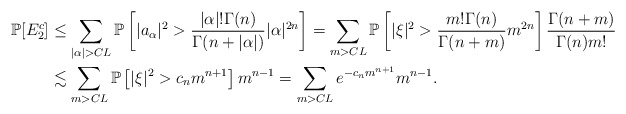
\begin{align*}\mathbb P[E_2^c] & \leq \sum_{|\alpha|>CL}\mathbb P\left[|a_{\alpha}|^2>\frac{|\alpha|!\Gamma(n)}{\Gamma(n+|\alpha|)}|\alpha|^{2n}\right]=\sum_{m>CL}\mathbb P\left[|\xi|^2>\frac{m!\Gamma(n)}{\Gamma(n+m)}m^{2n}\right]\frac{\Gamma(n+m)}{\Gamma(n)m!}\\& \lesssim \sum_{m>CL}\mathbb P\left[|\xi|^2>c_nm^{n+1}\right]m^{n-1}=\sum_{m>CL}e^{-c_nm^{n+1}}m^{n-1}.\end{align*}